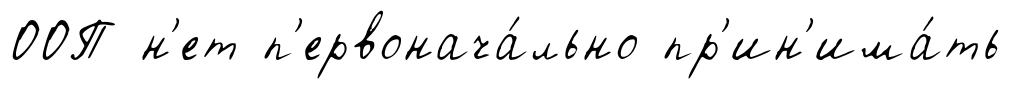
ООП н'ет п'ервонача́льно пр'ин'има́ть